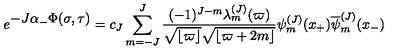
e ^ { \textstyle - J \alpha _ { - } \Phi ( \sigma , \tau ) } = c _ { J } \sum _ { m = - J } ^ { J } { \frac { ( - 1 ) ^ { J - m } \lambda _ { m } ^ { ( J ) } ( \varpi ) } { \sqrt { \lfloor \varpi \rfloor } \sqrt { \lfloor \varpi + 2 m \rfloor } } } \psi _ { m } ^ { ( J ) } ( x _ { + } ) { \overline { \psi } _ { m } ^ { ( J ) } } ( x _ { - } )